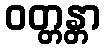
ဝတ္တန္တာ